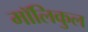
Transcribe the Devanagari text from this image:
मॉलिकुल